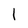
Character: l